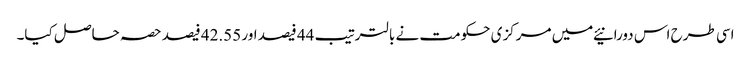
اسی طرح اس دورانیئے میں مرکزی حکومت نے بالترتیب 44 فیصد اور 42.55 فیصد حصہ حاصل کیا۔